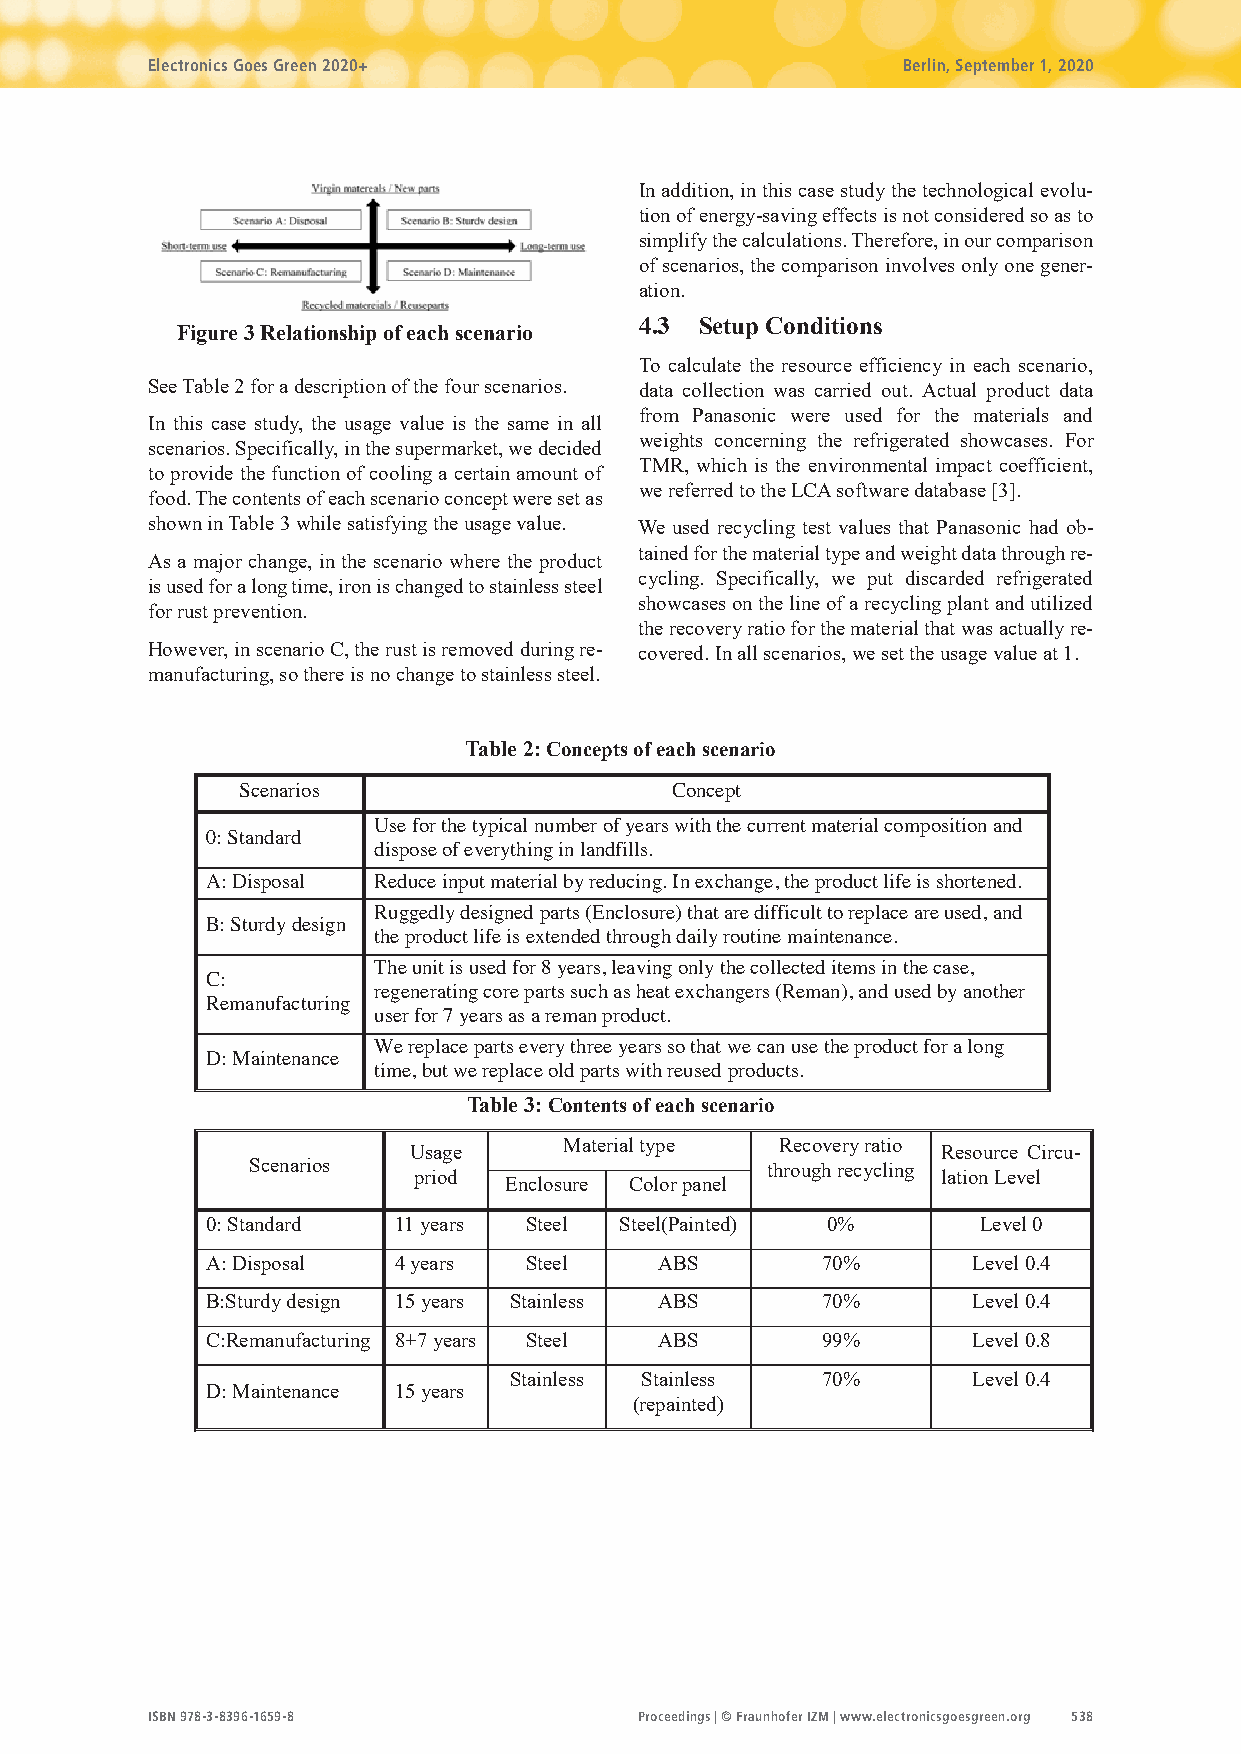
Electronics Goes Green 2020+                      Berlin, September 1, 2020
 In addition, in this case study the technological evolu-
 tion of energy-saving effects is not considered so as to
 simplify the calculations. Therefore, in our comparison
 of scenarios, the comparison involves only one gener-
 ation.
 Figure 3 Relationship of each scenario 4.3 Setup Conditions
 To calculate the resource efficiency in each scenario,
 See Table 2 for a description of the four scenarios. data collection was carried out. Actual product data
 from Panasonic were used for the materials and
 In this case study, the usage value is the same in all
 weights concerning the refrigerated showcases. For
 scenarios. Specifically, in the supermarket, we decided
 TMR, which is the environmental impact coefficient,
 to provide the function of cooling a certain amount of
 food. The contents of each scenario concept were set as
 we referred to the LCA software database [3].
 shown in Table 3 while satisfying the usage value. We used recycling test values that Panasonic had ob-
 tained for the material type and weight data through re-
 As a major change, in the scenario where the product
 cycling. Specifically, we put discarded refrigerated
 is used for a long time, iron is changed to stainless steel
 showcases on the line of a recycling plant and utilized
 for rust prevention.
 the recovery ratio for the material that was actually re-
 However, in scenario C, the rust is removed during re- covered. In all scenarios, we set the usage value at 1.
 manufacturing, so there is no change to stainless steel.
 Table 2: Concepts of each scenario
 Scenarios                   Concept
 Use for the typical number of years with the current material composition and
 0: Standard
 dispose of everything in landfills.
 A: Disposal Reduce input material by reducing. In exchange, the product life is shortened.
 Ruggedly designed parts (Enclosure) that are difficult to replace are used, and
 B: Sturdy design
 the product life is extended through daily routine maintenance.
 The unit is used for 8 years, leaving only the collected items in the case,
 C:
 regenerating core parts such as heat exchangers (Reman), and used by another
 Remanufacturing
 user for 7 years as a reman product.
 We replace parts every three years so that we can use the product for a long
 D: Maintenance
 time, but we replace old parts with reused products.
 Table 3: Contents of each scenario
 Usage
 Material type  Recovery ratio
 Resource Circu-
 Scenarios
 priod
 Enclosure Color panel
 through recycling
 lation Level
 0: Standard 11 years Steel Steel(Painted) 0%       Level 0
 A: Disposal 4 years  Steel    ABS       70%       Level 0.4
 B:Sturdy design 15 years Stainless ABS  70%       Level 0.4
 C:Remanufacturing 8+7 years Steel ABS   99%       Level 0.8
 Stainless Stainless 70%       Level 0.4
 D: Maintenance 15 years
 (repainted)
 ISBN 978-3-8396-1659-8          Proceedings | © Fraunhofer IZM | www.electronicsgoesgreen.org 538